Account of plague administration in the Bombay Presidency from September 1896 till May 1897
Year: 1896
Disease focus: Plague
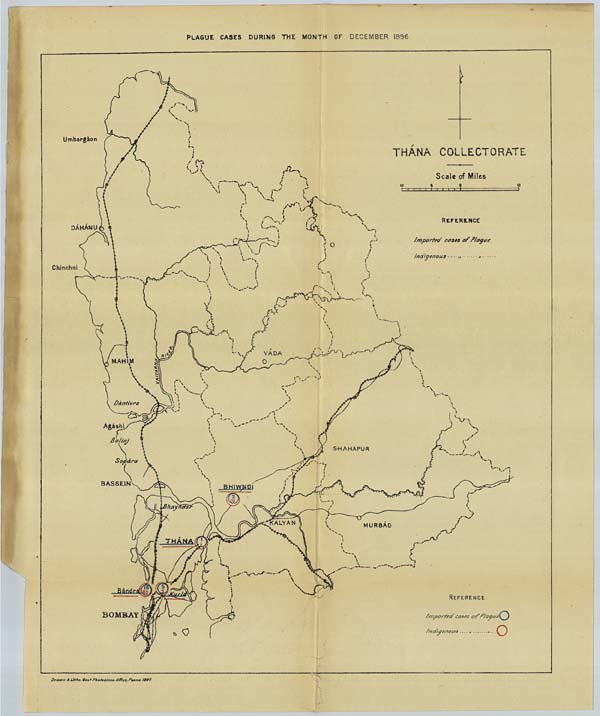
PLAGUE CASES DURING THE MONTH OF DECEMBER 1896
Drawn & Litho. Govt. Photozinco. Office, Poona 1897.